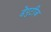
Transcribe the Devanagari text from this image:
डेपुटीज